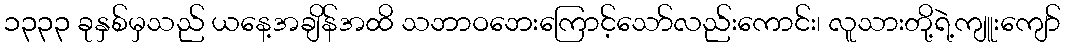
၁၃၃၃ ခုနှစ်မှသည် ယနေ့အချိန်အထိ သဘာဝဘေးကြောင့်သော်လည်းကောင်း၊ လူသားတို့ရဲ့ကျူးကျော်